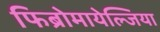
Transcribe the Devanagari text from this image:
फिब्रोमायेल्जिया